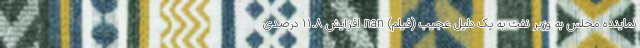
نماینده مجلس به وزیر نفت به یک دلیل عجیب (فیلم) nan افزایش ۱۱.۸ درصدی